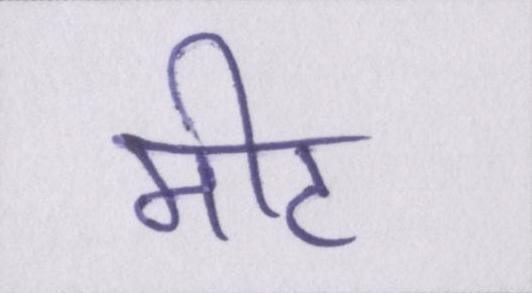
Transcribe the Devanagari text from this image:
मीट